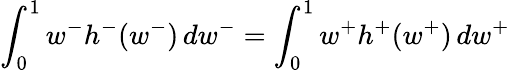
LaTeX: \int_{0}^{1}w^{-}h^{-}(w^{-})\, dw^{-}=\int_{0}^{1}w^{+}h^{+}(w^{+})\, dw^{+}